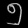
Digit: ၅